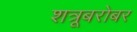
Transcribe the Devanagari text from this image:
शत्रूबरोबर